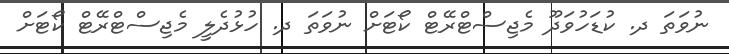
ނުވަތަ ދ. ކުޑަހުވަދޫ މެޖިސްޓްރޭޓް ކޯޓަށް ނުވަތަ ދ. ހުޅުދެލީ މެޖިސްޓްރޭޓް ކޯޓަށް